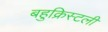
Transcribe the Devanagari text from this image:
बहुक्रिस्टली